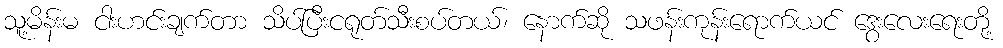
သူ့မိန်းမ ငါးဟင်းချက်တာ သိပ်ပြီးငရုတ်သီးစပ်တယ်၊ နောက်ဆို သဖန်းကုန်းရောက်ယင် ဒွေးလေးရေးတို့